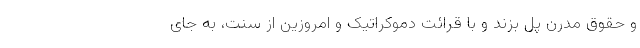
و حقوق مدرن پل بزند و با قرائت دموکراتیک و امروزین از سنت، به جای